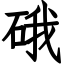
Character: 硪